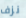
نزف